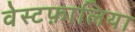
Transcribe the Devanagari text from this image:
वेस्टफ़ालिया